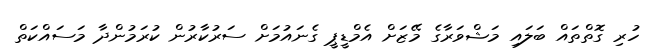
ހުރި ގޮތްތައް ބަލައި މަޝްވަރާގެ މޭޒަށް އެމްޑީޕީ ގެނައުމަށް ސަރުކާރުން ކުރަމުންދާ މަސައްކަތް